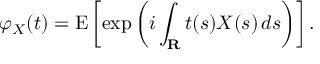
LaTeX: \varphi _ { X } ( t ) = \operatorname { E } \left[ \exp \left( i \int _ { \mathbf { R } } t ( s ) X ( s ) \, d s \right) \right] .